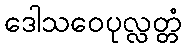
ဒေါသဝေပုလ္လတ္တံ